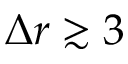
\Delta r \gtrsim 3